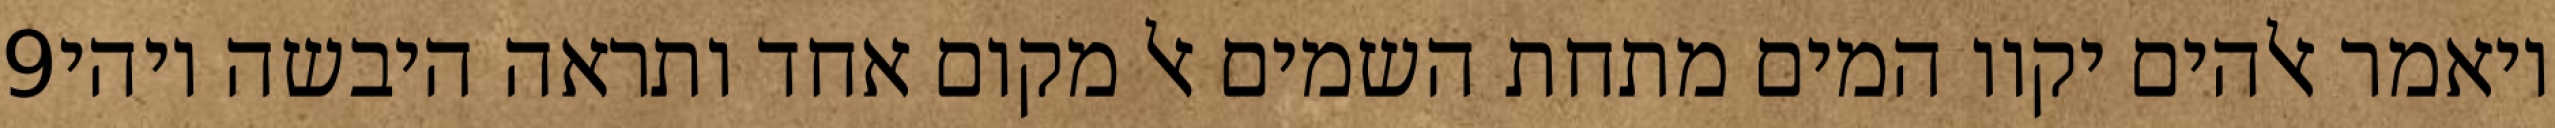
‎9‏ ויאמר אלהים יקוו המים מתחת השמים אל מקום אחד ותראה היבשה ויהי